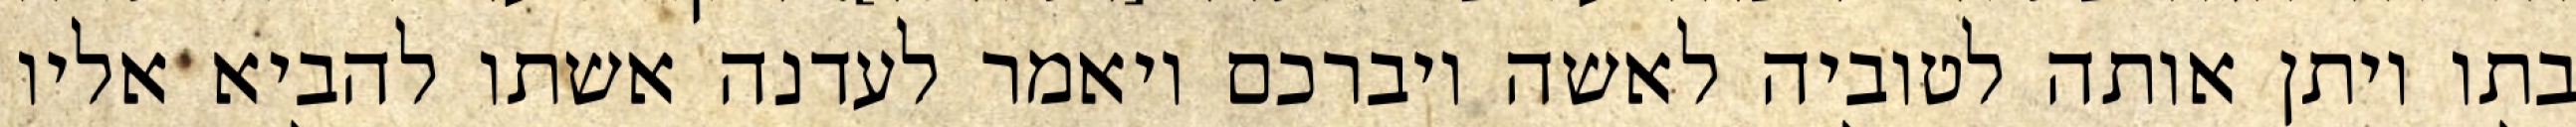
בתו ויתן אותה לטוביה לאשה ויברכם ויאמר לעדנה אשתו להביא אליו